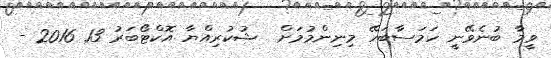
ވީމާ ބުނެވޭނީ ހަމަސާބަހޭ މިނިންމުމަށް  ޝުކުރިއްޔާ އޮކްޓޯބަރު 13